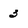
Character: 3